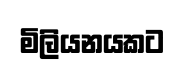
මිලියනයකට